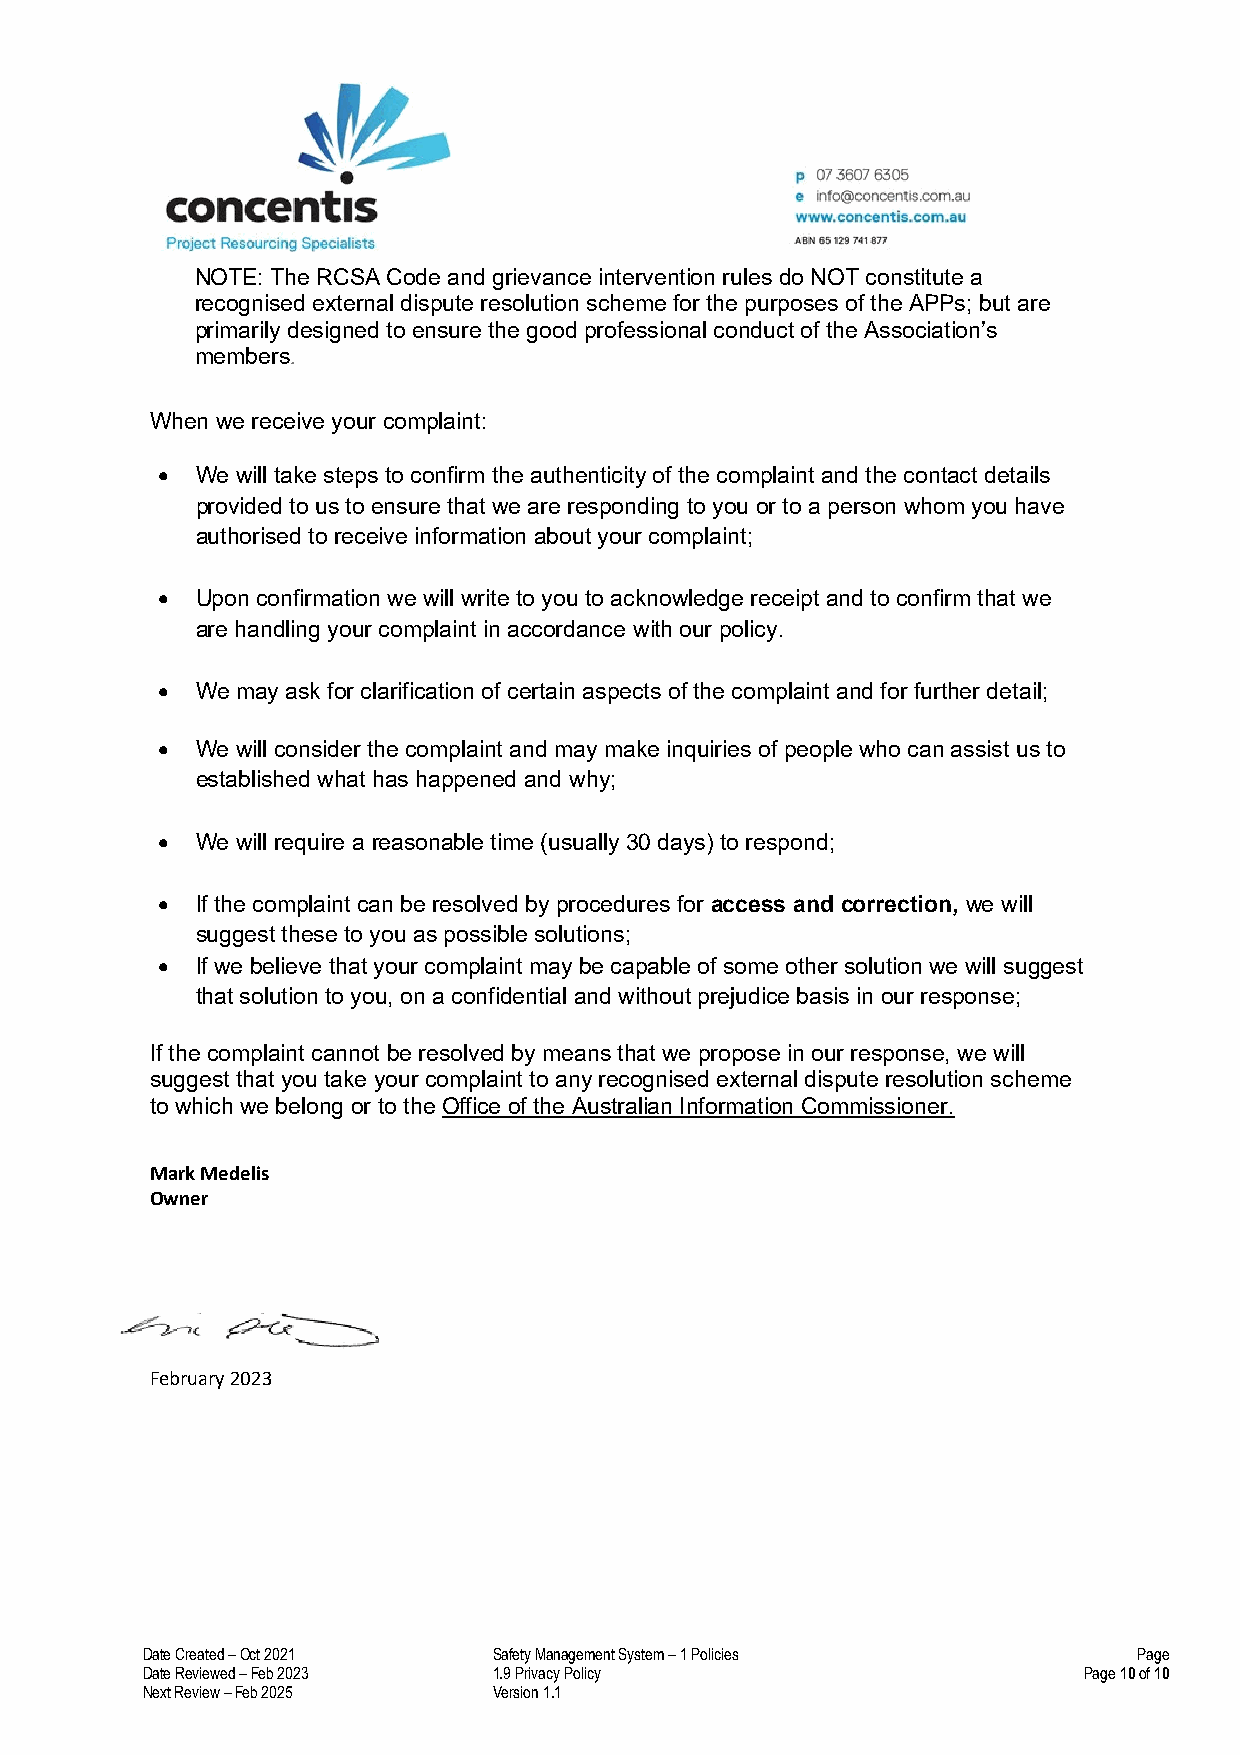
NOTE: The RCSA Code and grievance intervention rules do NOT constitute a
 recognised external dispute resolution scheme for the purposes of the APPs; but are
 primarily designed to ensure the good professional conduct of the Association’s
 members.
 When we receive your complaint:
 •  We will take steps to confirm the authenticity of the complaint and the contact details
 provided to us to ensure that we are responding to you or to a person whom you have
 authorised to receive information about your complaint;
 •  Upon confirmation we will write to you to acknowledge receipt and to confirm that we
 are handling your complaint in accordance with our policy.
 •  We may ask for clarification of certain aspects of the complaint and for further detail;
 •  We will consider the complaint and may make inquiries of people who can assist us to
 established what has happened and why;
 •  We will require a reasonable time (usually 30 days) to respond;
 •  If the complaint can be resolved by procedures for access and correction, we will
 suggest these to you as possible solutions;
 •  If we believe that your complaint may be capable of some other solution we will suggest
 that solution to you, on a confidential and without prejudice basis in our response;
 If the complaint cannot be resolved by means that we propose in our response, we will
 suggest that you take your complaint to any recognised external dispute resolution scheme
 to which we belong or to the Office of the Australian Information Commissioner.
 Mark Medelis
 Owner
 February 2023
 Date Created – Oct 2021 Safety Management System – 1 Policies     Page
 Date Reviewed – Feb 2023 1.9 Privacy Policy                    Page 10 of 10
 Next Review – Feb 2025  Version 1.1